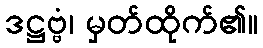
ဒဋ္ဌဗ္ဗံ၊ မှတ်ထိုက်၏။